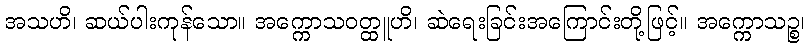
အသဟိ၊ ဆယ်ပါးကုန်သော။ အက္ကောသဝတ္ထူဟိ၊ ဆဲရေးခြင်းအကြောင်းတို့ဖြင့်။ အက္ကောသဉ္စ၊